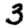
Digit: 3